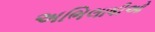
અભિલાષીઓ